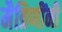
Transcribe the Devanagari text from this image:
मैत्रिणींनी